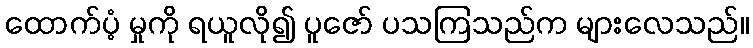
ထောက်ပံ့ မှုကို ရယူလို၍ ပူဇော် ပသကြသည်က များလေသည်။